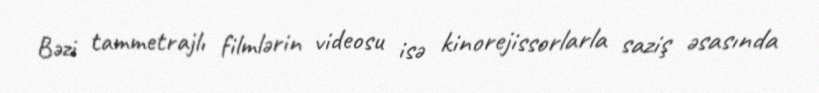
Bəzi tammetrajlı filmlərin videosu isə kinorejissorlarla saziş əsasında